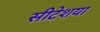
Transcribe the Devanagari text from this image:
सीटेशया